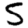
Digit: 5